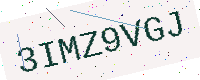
Text: 3IMZ9VGJ